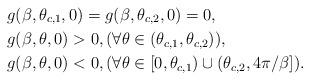
LaTeX: \begin{align*}&g(\beta,\theta_{c,1},0)=g(\beta,\theta_{c,2},0)=0,\\&g(\beta,\theta,0)>0,(\forall \theta\in (\theta_{c,1},\theta_{c,2})),\\&g(\beta,\theta,0)<0,(\forall \theta\in [0,\theta_{c,1})\cup (\theta_{c,2},4\pi/\beta]).\end{align*}